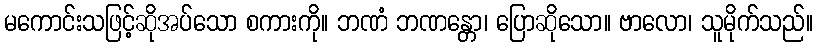
မကောင်းသဖြင့်ဆိုအပ်သော စကားကို။ ဘဏံ ဘဏန္တော၊ ပြောဆိုသော။ ဗာလော၊ သူမိုက်သည်။